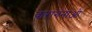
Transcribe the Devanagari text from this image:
वारांगनाओं